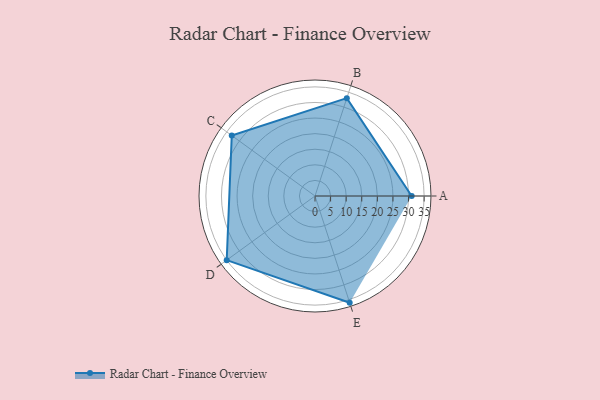
{"axis": {"x": "Skill", "y": "Score"}, "legend": ["Profile"], "data": [{"x": "A", "y": 31.0, "type": "Profile"}, {"x": "B", "y": 33.0, "type": "Profile"}, {"x": "C", "y": 33.0, "type": "Profile"}, {"x": "D", "y": 35.0, "type": "Profile"}, {"x": "E", "y": 36.0, "type": "Profile"}]}